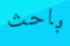
باحث